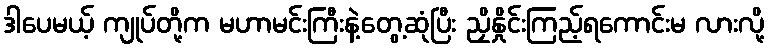
ဒါပေမယ့် ကျုပ်တို့က မဟာမင်းကြီးနဲ့တွေ့ဆုံပြီး ညှိနှိုင်းကြည့်ရကောင်းမ လားလို့